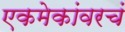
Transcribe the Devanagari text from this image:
एकमेकांवरचं